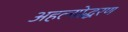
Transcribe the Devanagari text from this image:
अहल्योद्धरण